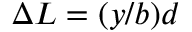
\Delta L = ( y / b ) d